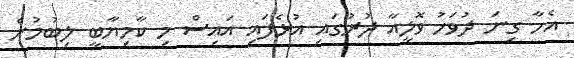
އެހާ ގިނަ ދުވަހު ވޮލީއާ ދުރުގައި އުޅެފައި އައިސް މި ކާމިޔާބީ ލިބުމުން